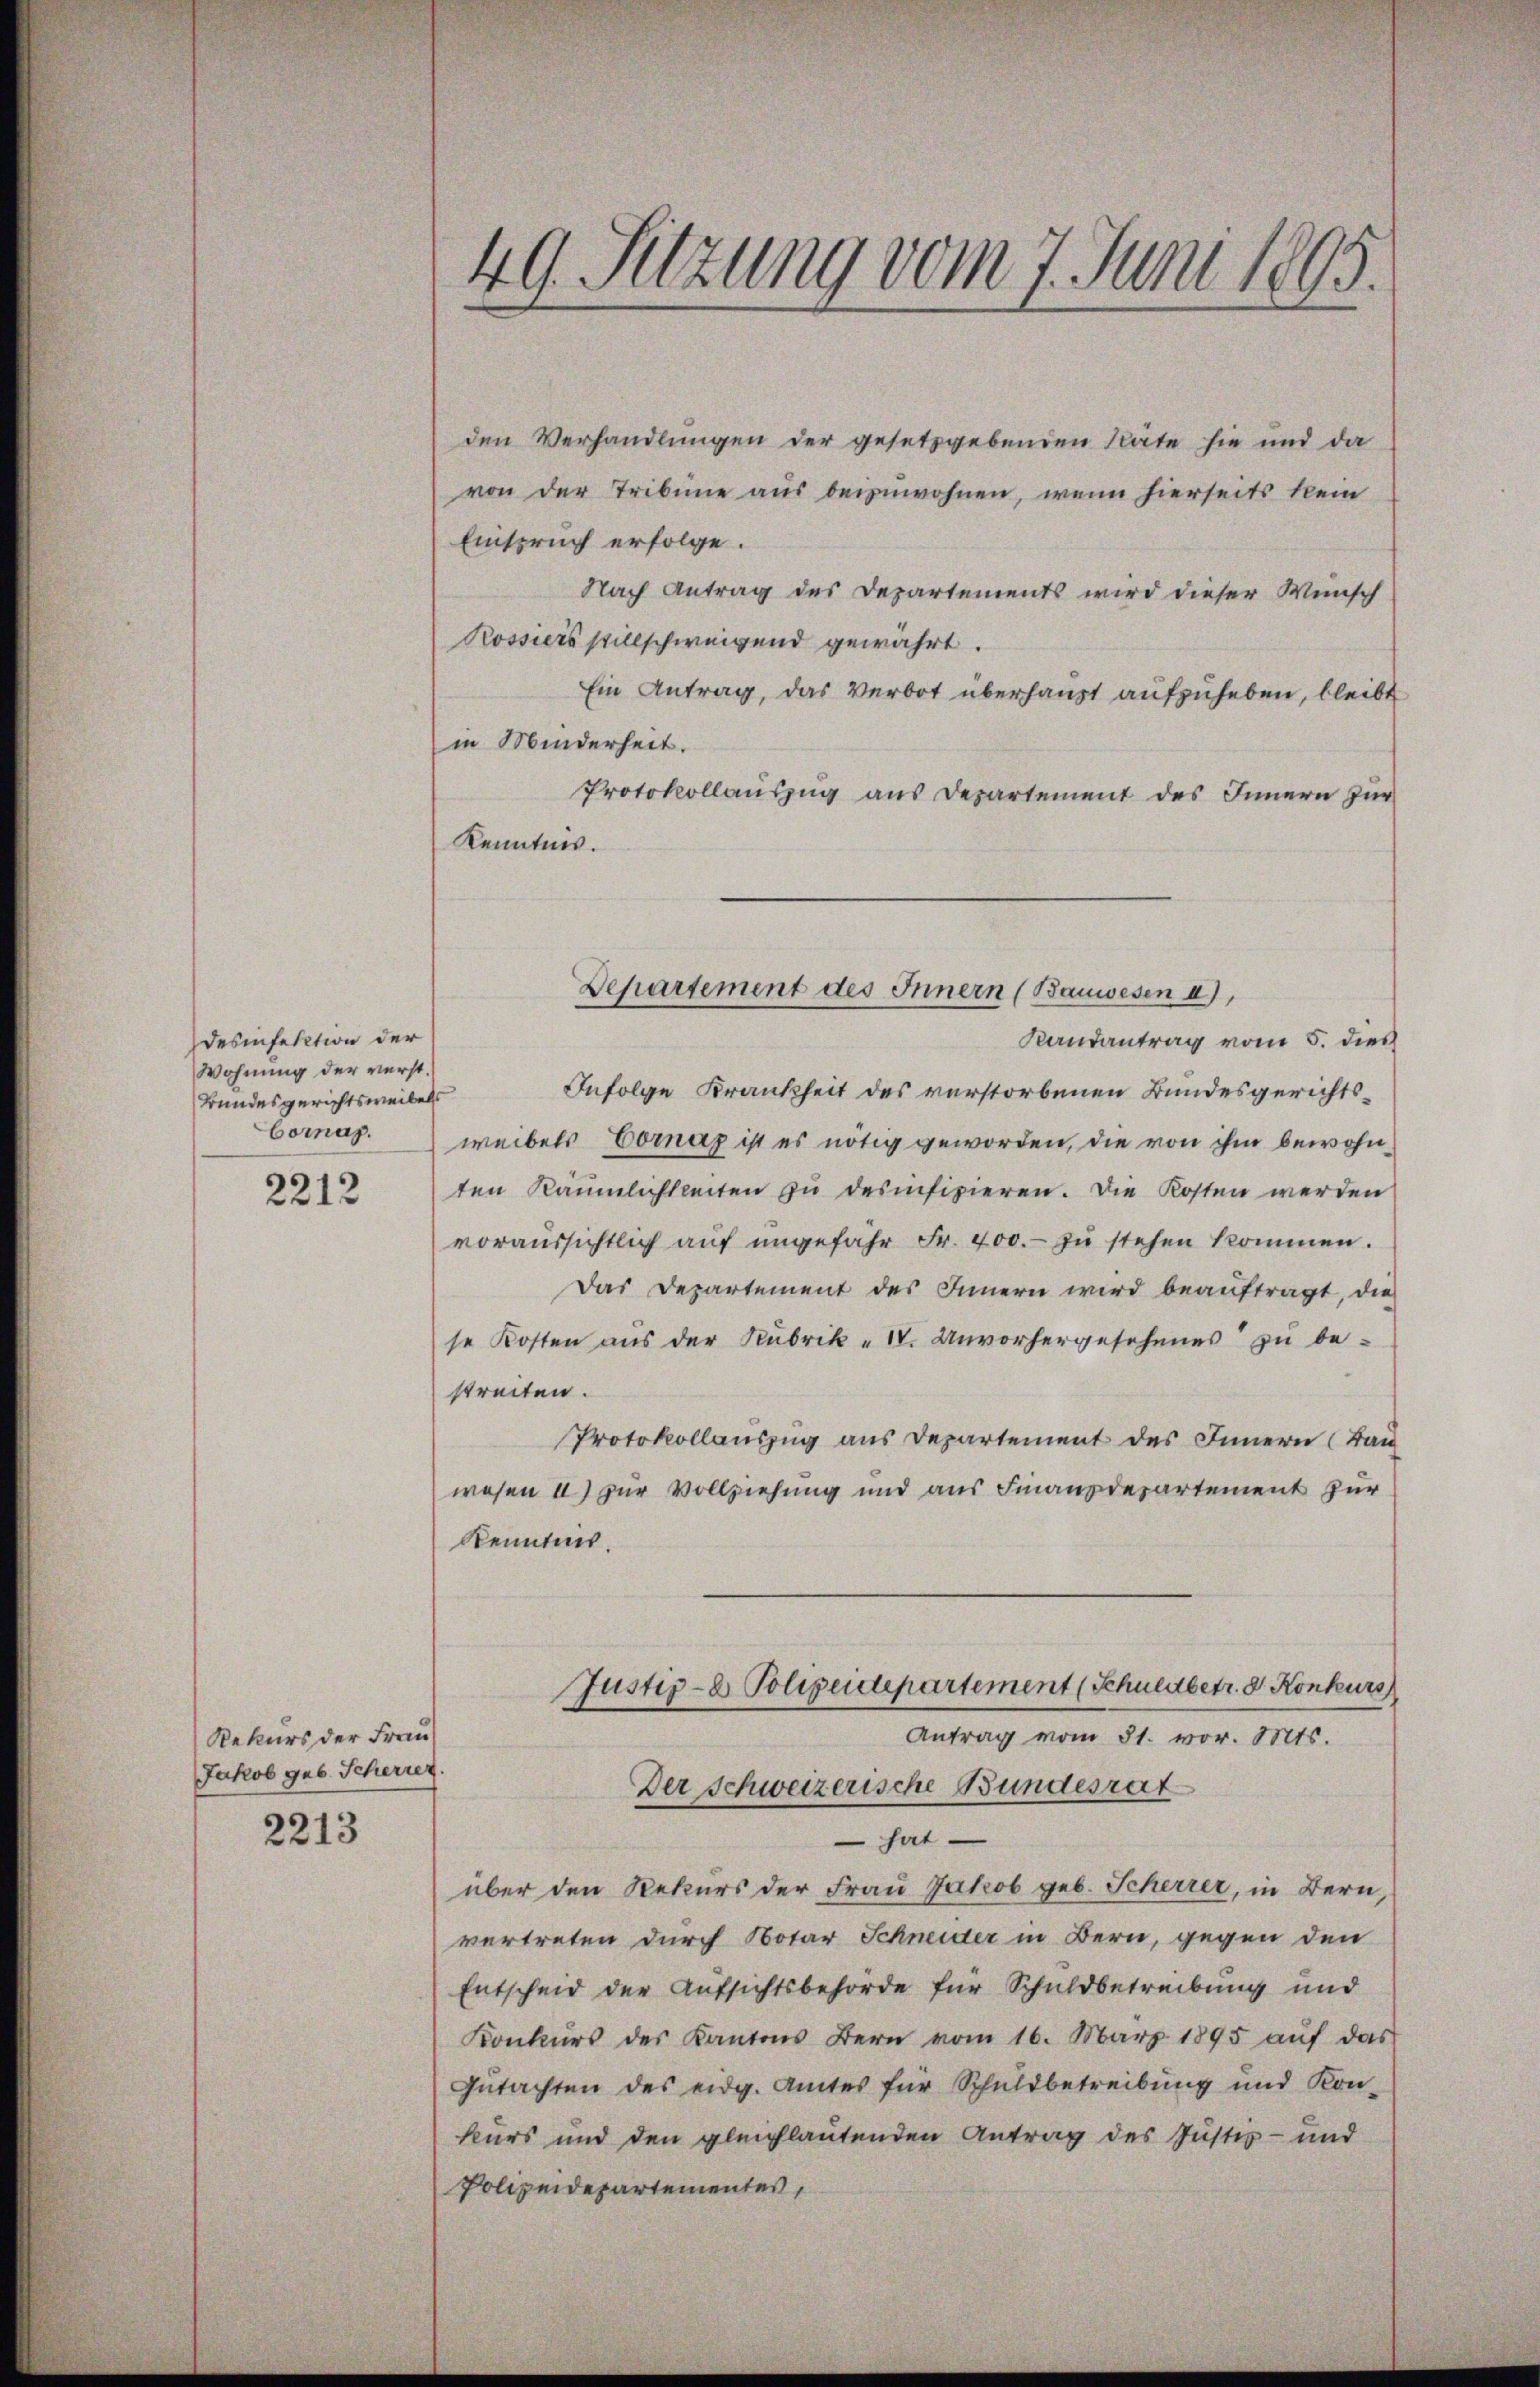
desinfektion der
Wohnung der verst.
Bundesgerichtsweibels
Cornap.

2212

Rekurs der Frau
Jakob geb. Scherrez.

2213

49. Sitzung vom 7. Juni 1895.

den Verhandlungen der gesetzgebenden Räte hie und da
von der Tribüne aus beizuwohnen, wenn hierseits kein
Einspruch erfolge.
Nach Antrag des Departements wird dieser Wunsch
Kossiers stillschweigend gewährt.
Ein Antrag, das Verbot überhaupt aufzuheben, bleibt
in Minderheit.
Protokollauszug aus Departement des Innern zur
Kenntnis.
Randantrag vom 5. dies
Infolge Krankheit des verstorbenen Bundesgerichtsweibels Cornaz ist es nötig geworden, die von ihm bewohnten Räumlichkeiten zu desinfizieren. Die Kosten werden
voraussichtlich auf ungefahr Fr. 400.- zu stehen kommen.
Das Departement des Innern wird beauftragt, die
se Kosten aus der Rubrik „ IV. Unvorhergesehenes zu bestreiten.
Protokollauszug aus Departement des Innern (Bau
wesen a) zur Vollziehung und aus Finanzdepartement zur
Kenntnis.
Justiz- & Polizeidepartement (Schneebetr. d. Konkurs
Antrag vom 31. vor. Mts.
Der Schweizerische Bundesrat
 hat.
über den Rekurs der Frau Jakob geb. Scherrer, in Bern,
vertreten durch Notar Schneider in Bern, gegen den
Entscheid der Aufsichtsbehörde für Schuldbetreibung und
Konkŭrs des Kantons Bern vom 16. März 1895 aŭf das
Gutachten des eidg. Amtes für Schuldbetreibung und Kon-
kurs und den gleichlautenden Antrag des Justiz- und
Polizeidepartementes,

Departement des Innern (Bauwesen a),